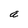
Character: a